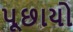
પૂછાયો